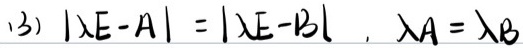
(3) $|\lambda E - A|=|\lambda E - B|,\ \lambda_A=\lambda_B$